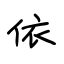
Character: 依